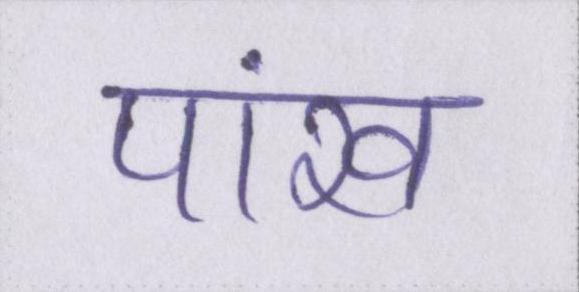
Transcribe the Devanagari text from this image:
पांख